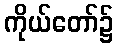
ကိုယ်တော်၌